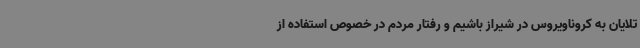
تلایان به کروناویروس در شیراز باشیم و رفتار مردم در خصوص استفاده از